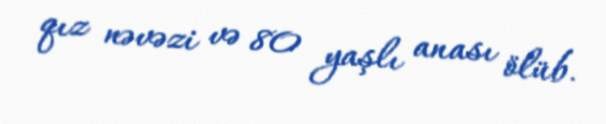
qız nəvəzi və 80 yaşlı anası ölüb.